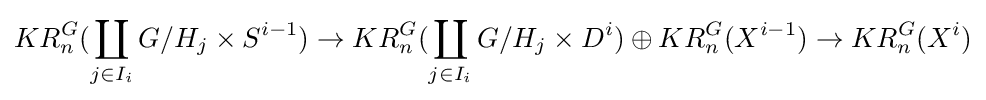
KR_{n}^{G}(\coprod _{j\in I_{i}}G/H_{j}\times S^{i-1})\rightarrow KR_{n}^{G}(\coprod _{j\in I_{i}}G/H_{j}\times D^{i})\oplus KR_{n}^{G}(X^{i-1})\rightarrow KR_{n}^{G}(X^{i})